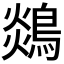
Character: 𪂈